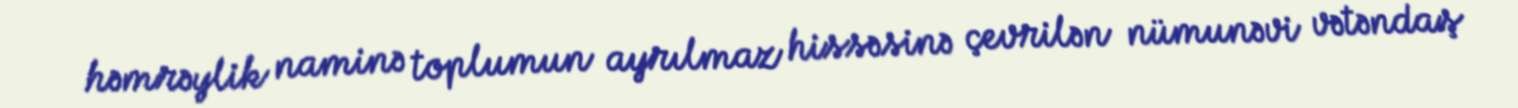
həmrəylik naminə toplumun ayrılmaz hissəsinə çevrilən nümunəvi vətəndaş